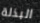
البذلة